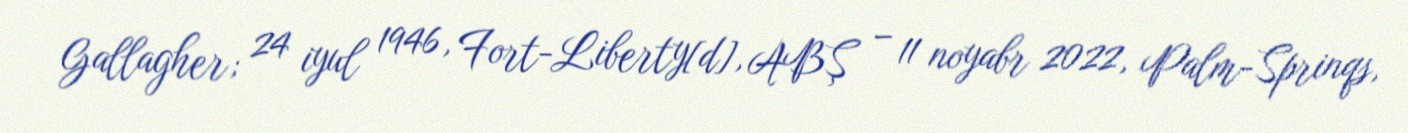
Gallagher; 24 iyul 1946, Fort-Liberty[d], ABŞ – 11 noyabr 2022, Palm-Sprinqs,